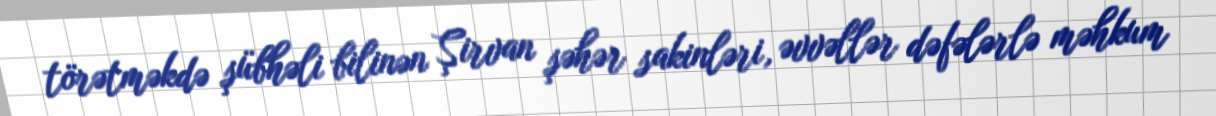
törətməkdə şübhəli bilinən Şirvan şəhər sakinləri, əvvəllər dəfələrlə məhkum